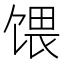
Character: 𫗭